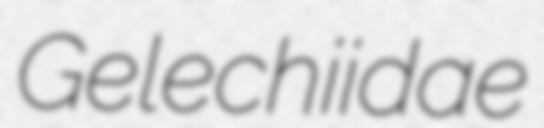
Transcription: Gelechiidae